Vaccination United Provinces of Agra and Oudh 1914-1922 - 1914-1922
Year: 1914
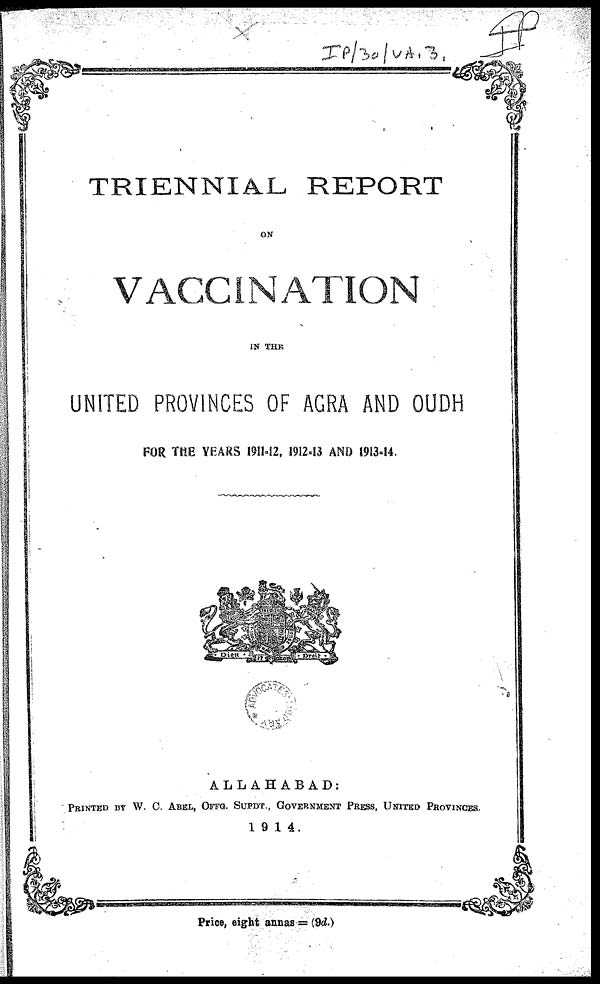
TRIENNIAL REPORT
ON
VACCINATION
IN THE
UNITED PROVINCES OF AGRA AND OUDH
FOR THE YEARS 1911-12, 1912-13 AND 1913-14.
ALLAHABAD:
PRINTED BY W. C. ABEL, OFFG. SUPDT., GOVERNMENT PRESS, UNITED PROVINCES.
1914.
Price. eight annas = (9d.)